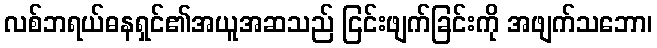
လစ်ဘရယ်ဓနရှင်၏အယူအဆသည် ငြင်းဖျက်ခြင်းကို အဖျက်သဘော၊